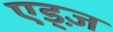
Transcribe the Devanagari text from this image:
एड्ज़